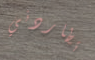
تطاردني